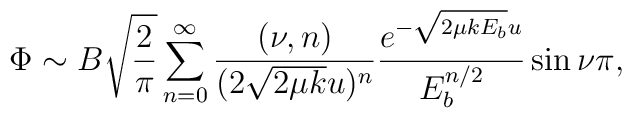
\Phi\sim B \sqrt{\frac{2}{\pi}}\sum^{\infty}_{n=0} \frac{(\nu,n)}{(2\sqrt{2\mu k}u)^n} \frac{e^{-\sqrt{2\mu k E_b}u}}{E_b^{n/2}} \sin{\nu \pi},